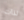
لذات